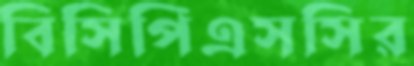
বিসিপিএসসির